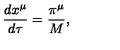
\frac { d x ^ { \mu } } { d \tau } = \frac { \pi ^ { \mu } } { M } ,